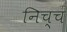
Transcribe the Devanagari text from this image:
निच्च